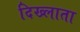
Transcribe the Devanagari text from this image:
दिख्लाता